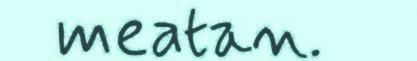
meatan.